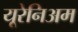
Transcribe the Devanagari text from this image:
यूरेनिअम